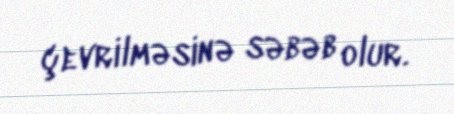
çevrilməsinə səbəb olur.